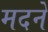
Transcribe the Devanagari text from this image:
मदने